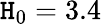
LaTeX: \mathtt{H}_{0}=3.4